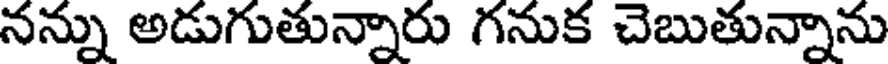
నన్ను అడుగుతున్నారు గనుక చెబుతున్నాను